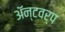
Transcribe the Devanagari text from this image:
ॲन्टवर्प